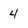
Character: 4